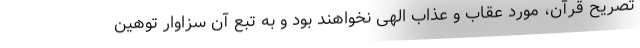
تصریح قرآن، مورد عقاب و عذاب الهی نخواهند بود و به تبع آن سزاوار توهین